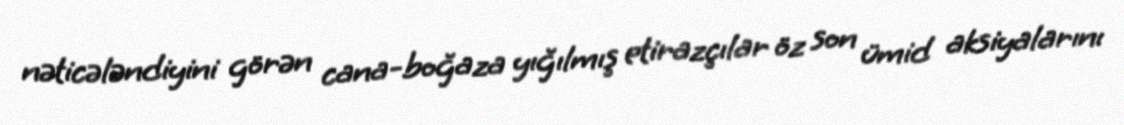
nəticələndiyini görən cana-boğaza yığılmış etirazçılar öz son ümid aksiyalarını